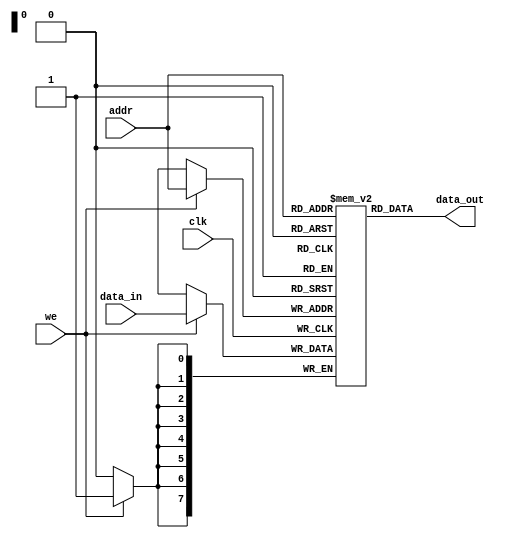
module mem(
   input 	clk,
   input [7:0] 	data_in,
   input [7:0] 	addr,
   input 	we,
   output [7:0] data_out
);
   reg [7:0] 	ram [0:255];

   initial begin
      // ZERO @0, X @16, Y @17, NEGN @18, N @19, ONE @20
      ram[0] = 0;
      // 1: Y,X,DONE
      ram[1] = 17;
      ram[2] = 16;
      ram[3] = 3;
      // ONE,NEGN,-3
      ram[4] = 20;
      ram[5] = 18;
      ram[6] = -6;
      // NEGN,N,0
      ram[7] = 18;
      ram[8] = 19;
      ram[9] = 0;
      // ONE,ZERO,STOP
      ram[10] = 20;
      ram[11] = 0;
      ram[12] = -13;
      // X
      ram[16] = 24;
      // Y
      ram[17] = 7;
      // NEGN
      ram[18] = 0;
      // N
      ram[19] = 0;
      // ONE
      ram[20] = 1;
   end
   
   always @(posedge clk)
     if (we)
       ram[addr] <= data_in;

   assign data_out = ram[addr];
   
endmodule // mem